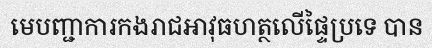
មេបញ្ជាការកងរាជអាវុធហត្ថលើផ្ទៃប្រទេ បាន